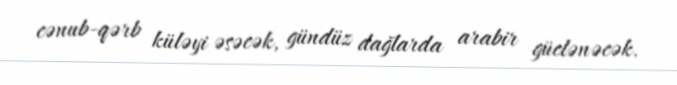
cənub-qərb küləyi əsəcək, gündüz dağlarda arabir güclənəcək.